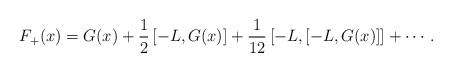
\begin{align*}F_{+}(x) = G(x) +\frac{1}{2} \left[-L,G(x)\right] + \frac{1}{12} \left[-L,\left[-L,G(x)\right] \right] + \cdots.\end{align*}